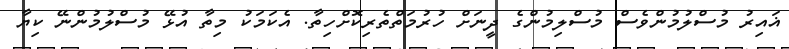
ޣައިރު މުސްލުމުންވެސް މުސްލިމުންގެ ދީނަށް ހުރުމަތްތެރިކޮށްހިތާ. އެކަމަކު މިތާ އުޅޭ މުސްލުމުންނޭ ކިޔާ